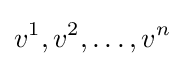
v^{1},v^{2},\ldots ,v^{n}